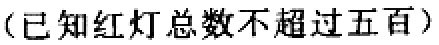
（已知红灯总数不超过五百）